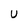
Character: U